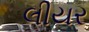
લીયર